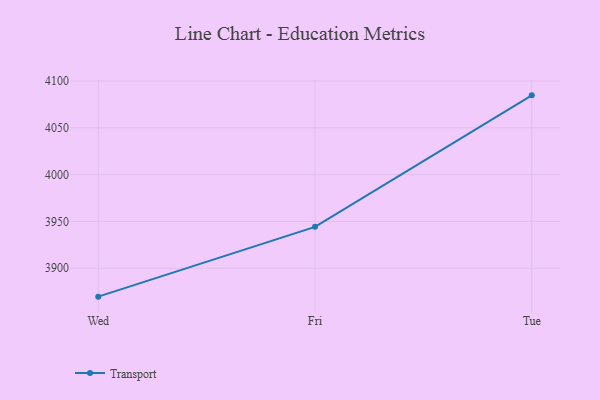
{"axis": {"x": "Day", "y": "Satisfaction Score"}, "legend": ["Transport"], "data": [{"x": "Wed", "y": 3869.6, "type": "Transport"}, {"x": "Fri", "y": 3944.2, "type": "Transport"}, {"x": "Tue", "y": 4084.7, "type": "Transport"}]}